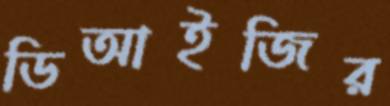
ডিআইজির